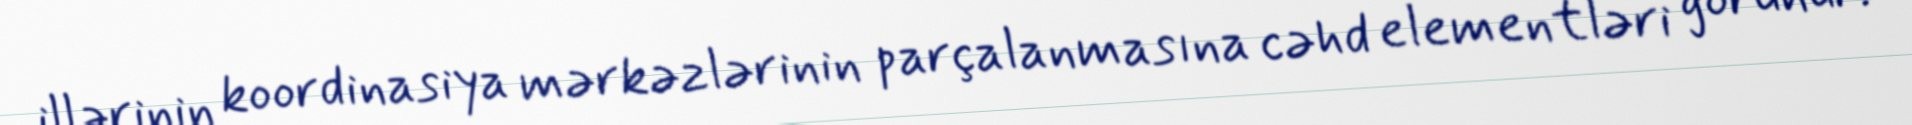
illərinin koordinasiya mərkəzlərinin parçalanmasına cəhd elementləri görünür.